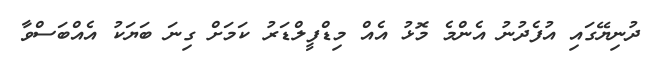
ދުނިޔޭގައި އުފެދުނު އެންމެ މޮޅު އެއް މިޑްފީލްޑަރު ކަމަށް ގިނަ ބަޔަކު އެއްބަސްވާ